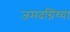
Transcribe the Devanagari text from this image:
जमदग्निंच्या